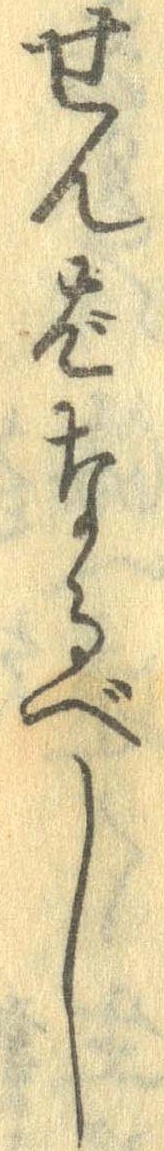
せんばなるべし